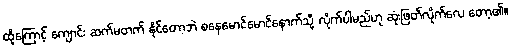
ထို့ကြောင့် ကျောင်း ဆက်မတက် နိုင်တော့ဘဲ စနေမောင်မောင်နောက်သို့ လိုက်ပါမည်ဟု ဆုံးဖြတ်လိုက်လေ တော့၏။